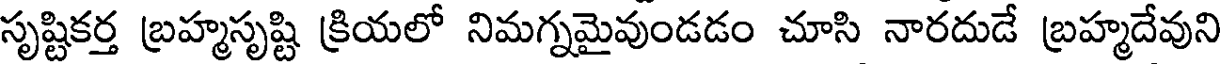
సృష్టికర్త బ్రహ్మసృష్టి క్రియలో నిమగ్నమైవుండడం చూసి నారదుడే బ్రహ్మదేవుని